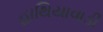
હાથિયાવાડી